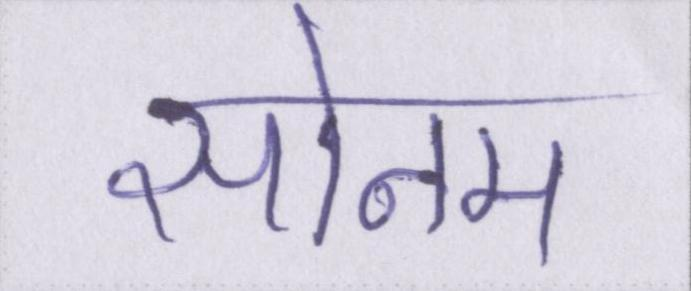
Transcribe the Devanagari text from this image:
सोनम